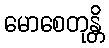
မောစေတုန္တိ